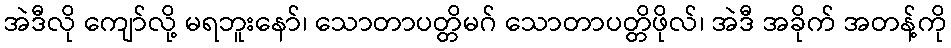
အဲဒီလို ကျော်လို့ မရဘူးနော်၊ သောတာပတ္တိမဂ် သောတာပတ္တိဖိုလ်၊ အဲဒီ အခိုက် အတန့်ကို